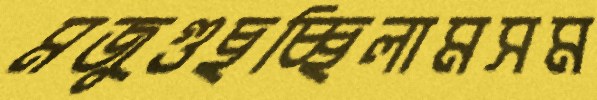
মজুগুছচ্ছিলামসম